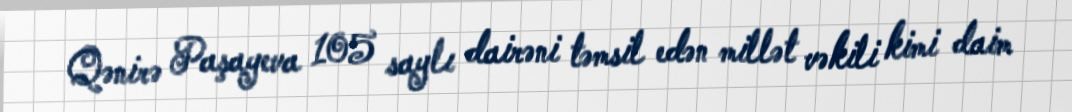
Qənirə Paşayeva 105 saylı dairəni təmsil edən millət vəkili kimi daim